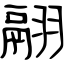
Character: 翮